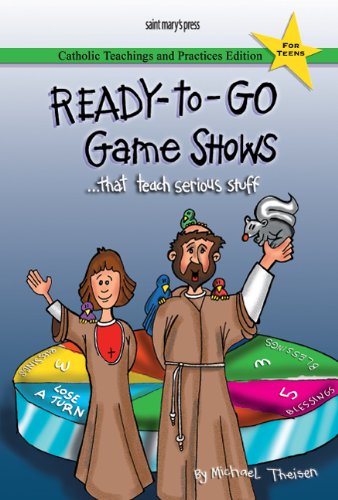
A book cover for Ready-to-Go Game Shows (That Teach Serious Stuff): Catholic Teachings and Practices Edition; Michael Theisen; Christian Books & Bibles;